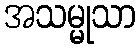
အသမ္မုသာ